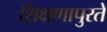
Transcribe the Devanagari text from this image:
शिक्षणापुरते